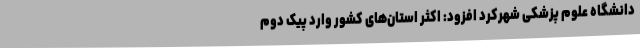
دانشگاه علوم پزشکی شهرکرد افزود: اکثر استان‌های کشور وارد پیک دوم